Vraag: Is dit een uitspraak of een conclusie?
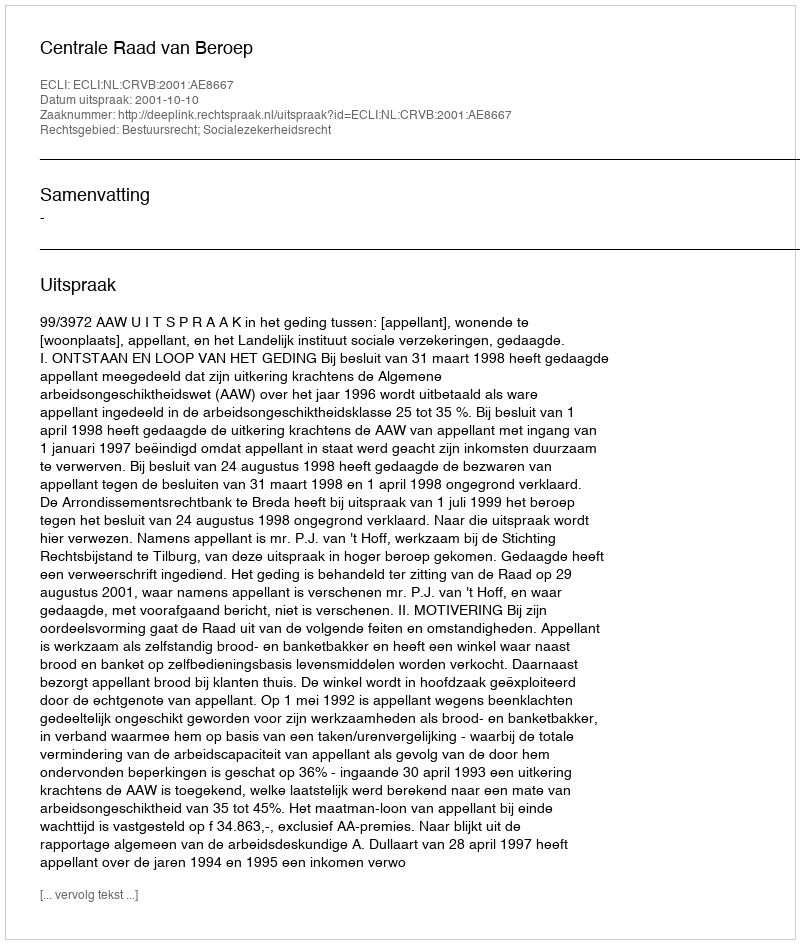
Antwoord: Uitspraak